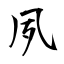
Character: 夙